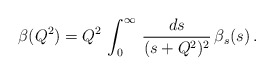
\begin{align*}\beta(Q^2)=Q^2\,\int_0^{\infty}\, \frac{d s}{(s+Q^2)^2}\,\beta_s(s)\, .\end{align*}